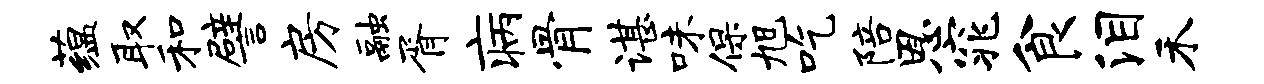
蕴取和譬房融胥病骨谌味保旭吃陪恩窕食泪禾